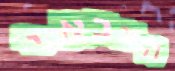
הצבאי